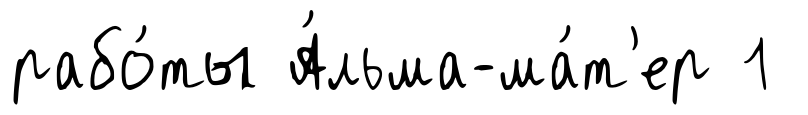
рабо́ты А́льма-ма́т'ер 1